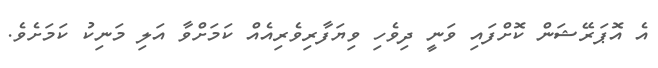
އެ އޮޕަރޭޝަން ކޮށްފައި ވަނީ ދިވެހި ވިޔަފާރިވެރިއެއް ކަމަށްވާ އަލި މަނިކު ކަމަށެވެ.